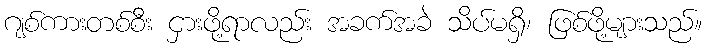
ဂျစ်ကားတစ်စီး ငှားဖို့ရာလည်း အခက်အခဲ သိပ်မရှိ၊ ဖြစ်ဖို့များသည်။